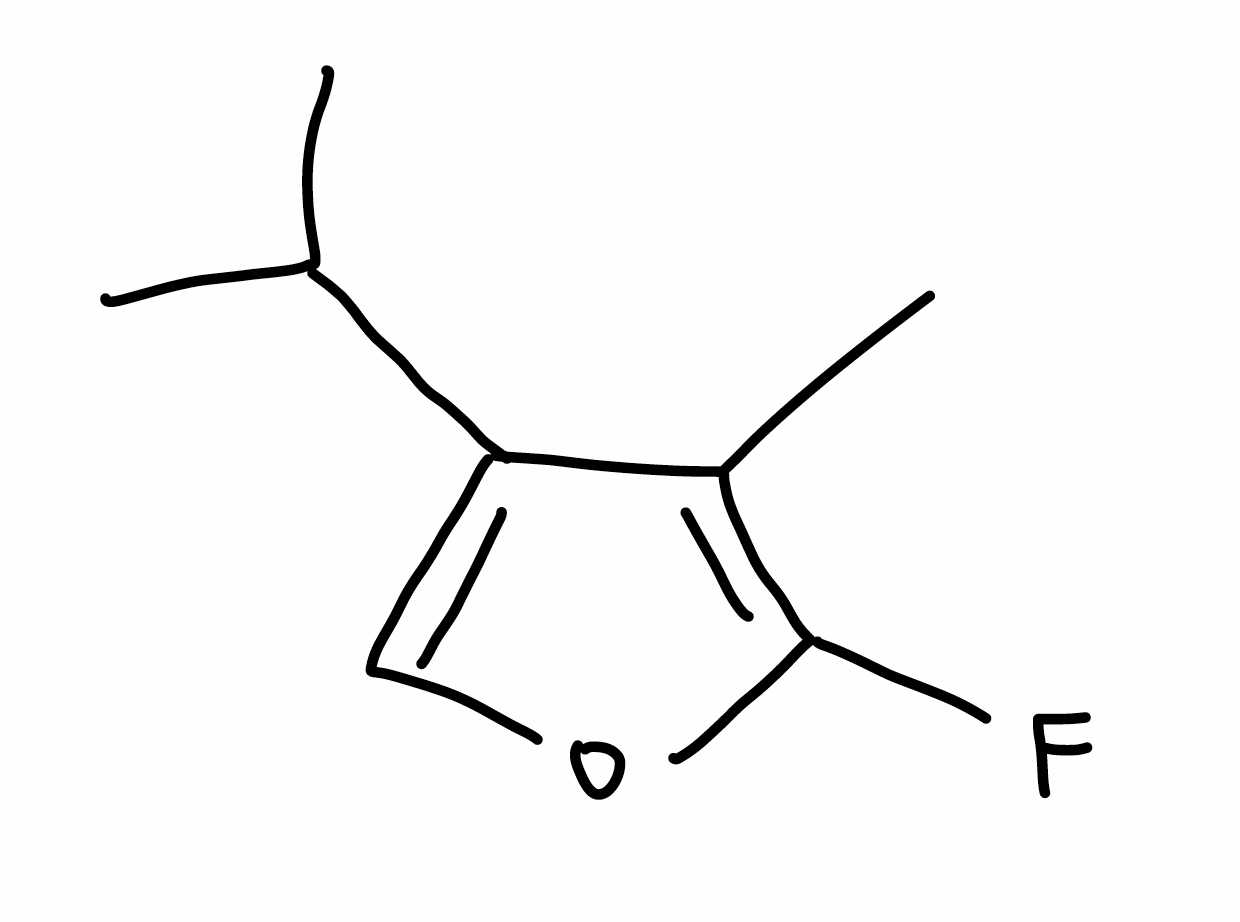
Simplified molecular-input line-entry system (SMILES) notation of the given molecule:
CC1=C(OC=C1C(C)C)F